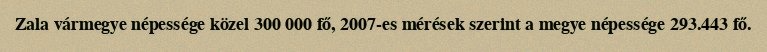
Zala vármegye népessége közel 300 000 fő, 2007-es mérések szerint a megye népessége 293.443 fő.